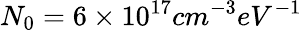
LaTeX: N_{0}=6\times 10^{17}cm^{-3}eV^{-1}